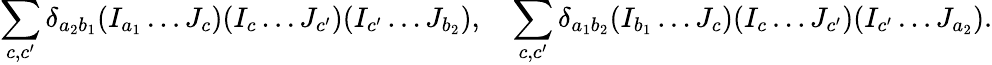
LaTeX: \sum_{c,c^{\prime}}\delta_{a_{2}b_{1}}(I_{a_{1}}\dots J_{c})(I_{c}\dots J_{c^{\prime}})(I_{c^{\prime}}\dots J_{b_{2}}),\quad\sum_{c,c^{\prime}}\delta_{a_{1}b_{2}}(I_{b_{1}}\dots J_{c})(I_{c}\dots J_{c^{\prime}})(I_{c^{\prime}}\dots J_{a_{2}}).